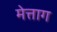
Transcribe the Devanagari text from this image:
मेत्ताग